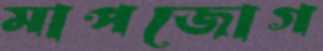
মাপজোগ